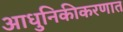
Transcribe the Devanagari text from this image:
आधुनिकीकरणात